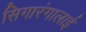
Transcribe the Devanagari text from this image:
सिगारंगालाई